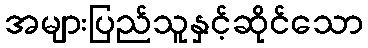
အများပြည်သူနှင့်ဆိုင်သော